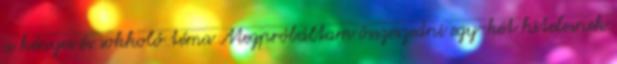
a kényes és sokkoló téma Megpróbáltam összeszedni egy-két hitelesnek